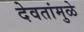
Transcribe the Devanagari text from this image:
देवतांमुळे